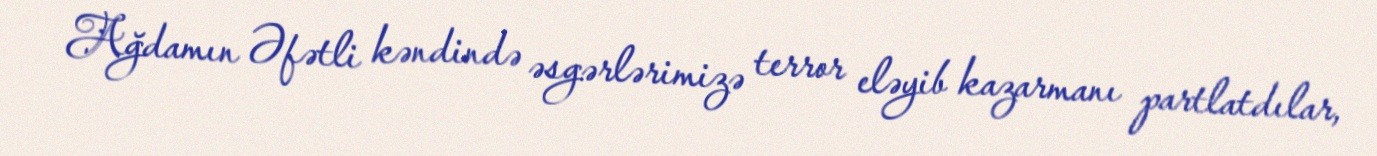
Ağdamın Əfətli kəndində əsgərlərimizə terror eləyib kazarmanı partlatdılar,